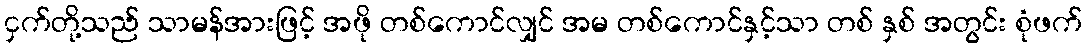
ငှက်တို့သည် သာမန်အားဖြင့် အဖို တစ်ကောင်လျှင် အမ တစ်ကောင်နှင့်သာ တစ် နှစ် အတွင်း စုံဖက်